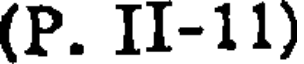
(P. II-11)